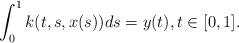
LaTeX: \begin{align*}\int _0^1 k(t,s,x(s))ds=y(t), t\in [0,1].\end{align*}